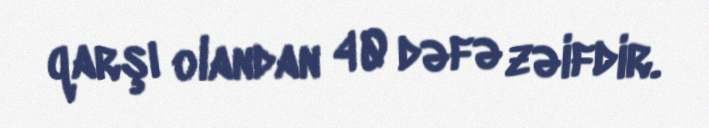
qarşı olandan 40 dəfə zəifdir.